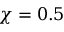
\chi = 0 . 5